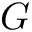
G